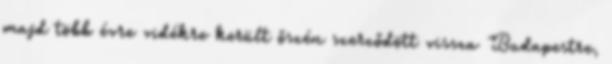
majd több évre vidékre került őszén szerződött vissza Budapestre,